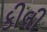
કીલી